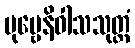
ပုဗ္ဗေနိဝါသသုတ္တံ